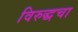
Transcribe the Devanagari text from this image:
विरुद्धचा